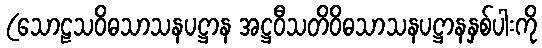
(သောဠသဝိဓသာသနပဋ္ဌာန အဋ္ဌဝီသတိဝိဓသာသနပဋ္ဌာနနှစ်ပါးကို